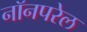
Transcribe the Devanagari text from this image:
नॉनपरेल